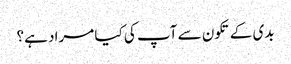
بدی کے تکون سے آپ کی کیا مراد ہے؟